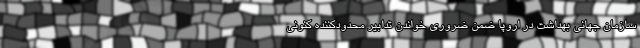
سازمان جهانی بهداشت در اروپا ضمن ضروری خواندن تدابیر محدودکننده کنونی